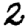
Digit: 2